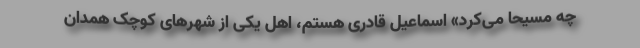
چه مسیحا می‌کرد» اسماعیل قادری هستم، اهل یکی از شهرهای کوچک همدان